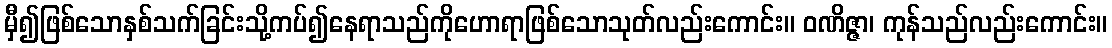
မှီ၍ဖြစ်သောနှစ်သက်ခြင်းသို့ကပ်၍နေရာသည်ကိုဟောရာဖြစ်သောသုတ်လည်းကောင်း။ ဝဏိဇ္ဇာ၊ ကုန်သည်လည်းကောင်း။